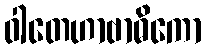
ဝါတေဟာဗာဓိကော